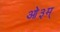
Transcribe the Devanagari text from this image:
आे३म्